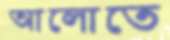
আলোতে